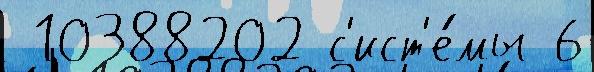
 10388202 с'ист'е́мы 6